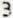
3